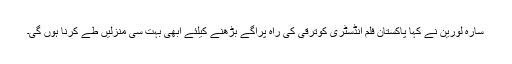
سارہ لورین نے کہا پاکستان فلم انڈسٹری کوترقی کی راہ پرآگے بڑھنے کیلئے ابھی بہت سی منزلیں طے کرنا ہوں گی۔